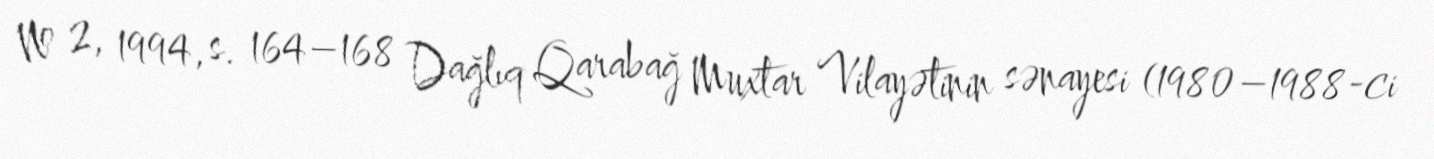
№ 2, 1994, s. 164–168 Dağlıq Qarabağ Muxtar Vilayətinin sənayesi (1980–1988-ci